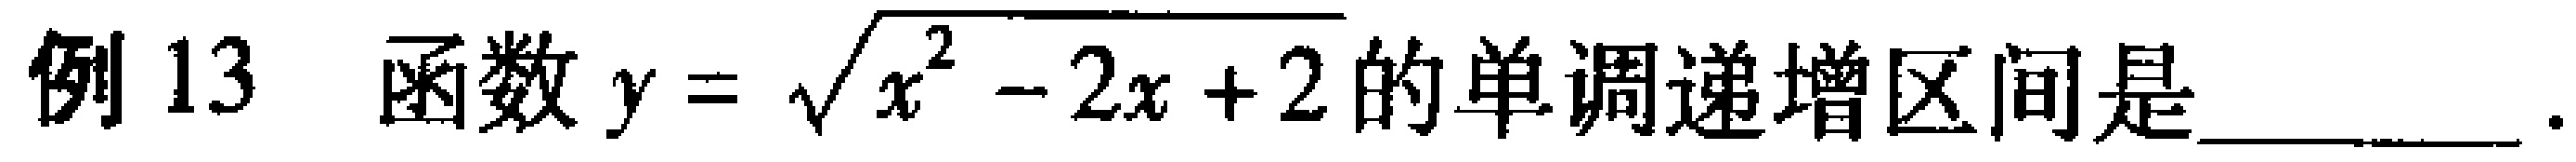
例 13 函数\(y = \sqrt{x^{2}-2x + 2}\)的单调递增区间是________ 。